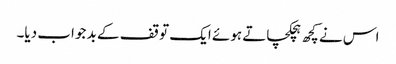
اس نے کچھ ہچکچاتے ہوئے ایک توقف کے بد جواب دیا۔